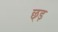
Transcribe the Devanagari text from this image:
छ्ड़